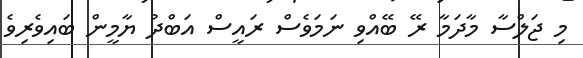
މި ޖަލްސާ މާދަމާ ރޭ ބޭއްވި ނަމަވެސް ރައީސް އަބްދު ޔާމީން ބައިވެރިވެ